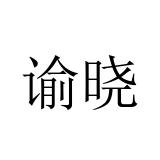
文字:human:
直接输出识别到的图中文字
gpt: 谕晓